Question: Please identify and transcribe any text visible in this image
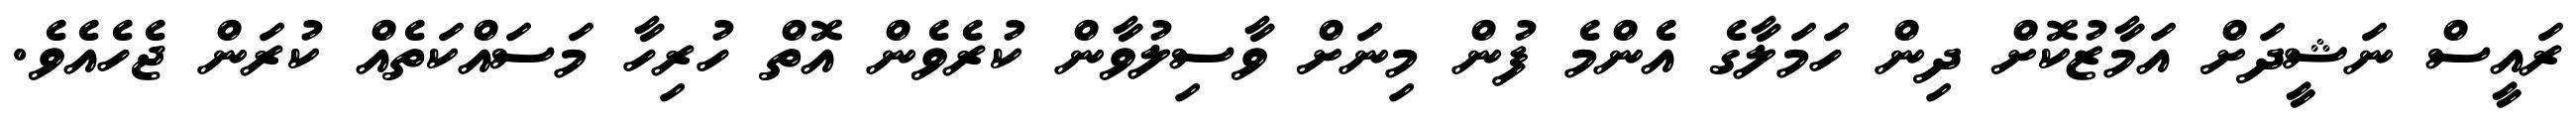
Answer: ރައީސް ނަޝީދަށް އަމާޒުކޮށް ދިން ހަމަލާގެ އެންމެ ފުން މިނަަށް ވާސިލުވާން ކުރެވެން އޮތް ހުރިހާ މަސައްކަތެއް ކުރަން ޖެހެއެވެ.